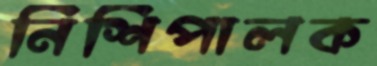
নিশিপালক